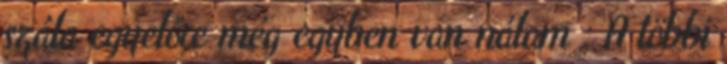
szála egyelőre még egyben van nálam : A többi